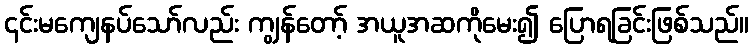
၎င်းမကျေနပ်သော်လည်း ကျွန်တော့် အယူအဆကိုမေး၍ ပြောရခြင်းဖြစ်သည်။